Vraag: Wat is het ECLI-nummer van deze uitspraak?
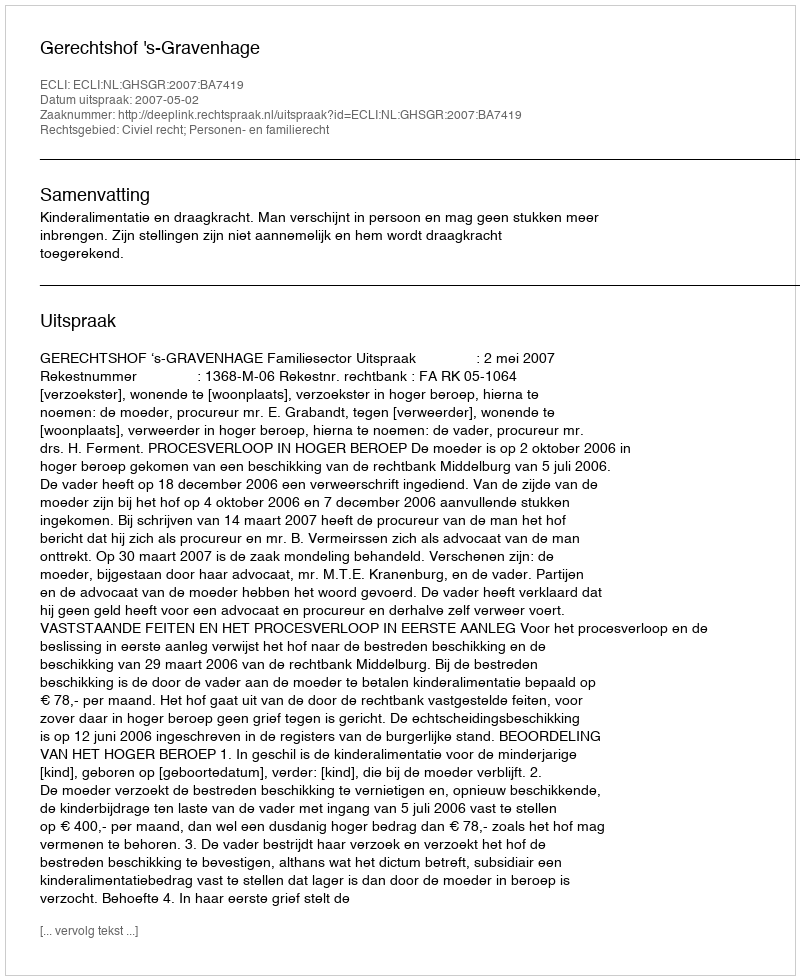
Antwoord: ECLI:NL:GHSGR:2007:BA7419